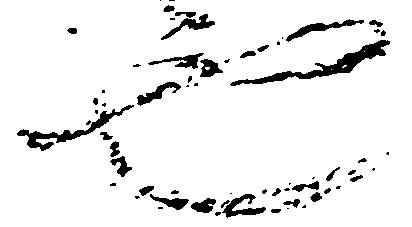
也